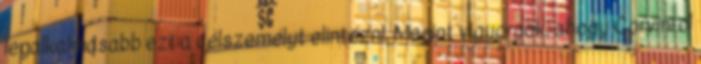
legalkalmasabb ezt a célszemélyt elintézni. Megint vigyorgok, ahogy Corvinról